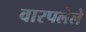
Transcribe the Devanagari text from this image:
वारपलेले